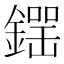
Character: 𨫘